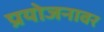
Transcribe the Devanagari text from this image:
प्रयोजनावर